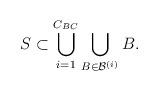
LaTeX: \begin{align*}S\subset \bigcup_{i=1}^{C_{BC}} \bigcup_{B\in\mathcal{B}^{(i)}} B.\end{align*}